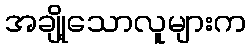
အချို့သောလူများက